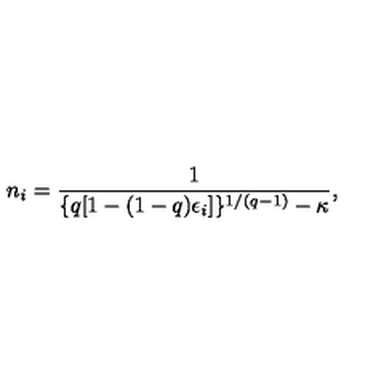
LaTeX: n _ { i } = \frac { 1 } { \{ q [ 1 - ( 1 - q ) \epsilon _ { i } ] \} ^ { 1 / ( q - 1 ) } - \kappa } ,